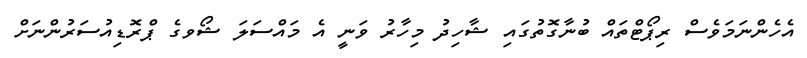
އެހެންނަމަވެސް ރިޕޯޓްތައް ބުނާގޮތުގައި ޝާހިދު މިހާރު ވަނީ އެ މައްސަލަ ޝޯވގެ ޕްރޮޑިއުސަރުންނަށް